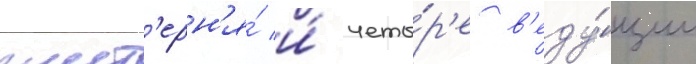
шест'ерн'я́ и́ четы́р'е в'еду́щие